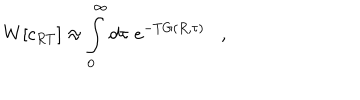
W [ c _ { R T } ] \approx \int _ { 0 } ^ { \infty } d \tau \; e ^ { - T G ( R , \tau ) } ,